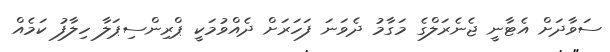
ސަވާދަށް އެޓާނީ ޖެނެރަލްގެ މަގާމު ދެވަނަ ފަހަރަށް ދެއްވުމަކީ ޕްރިންސިޕަލާ ހިލާފު ކަމެއް